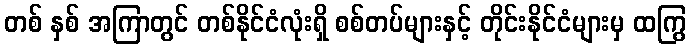
တစ် နှစ် အကြာတွင် တစ်နိုင်ငံလုံးရှိ စစ်တပ်များနှင့် တိုင်းနိုင်ငံများမှ ထကြွ